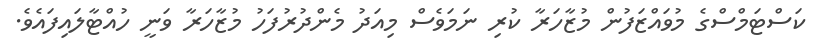
ކަސްޓަމްސްގެ މުވައްޒަފުން މުޒާހަރާ ކުރި ނަމަވެސް މިއަދު މެންދުރުފަހު މުޒާހަރާ ވަނީ ހުއްޓާލައިފައެވެ.